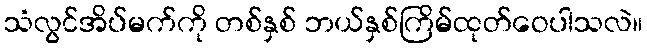
သံလွင်အိပ်မက်ကို တစ်နှစ် ဘယ်နှစ်ကြိမ်ထုတ်ဝေပါသလဲ။